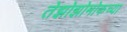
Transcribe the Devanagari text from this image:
तेझोझोमोकच्या